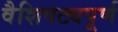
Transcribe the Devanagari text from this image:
वैशिषट्यपूर्ण